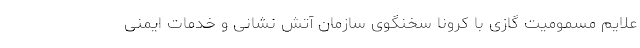
علایم مسمومیت گازی با کرونا سخنگوی سازمان آتش نشانی و خدمات ایمنی